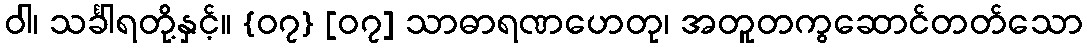
ဝါ၊ သင်္ခါရတို့နှင့်။ {၀၇} [၀၇] သာဓာရဏဟေတု၊ အတူတကွဆောင်တတ်သော